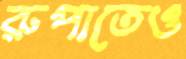
রুপাতেও